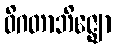
ဝိဂတာဘိဇ္ဈော